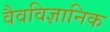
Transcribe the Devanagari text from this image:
वैवविज्ञानिक